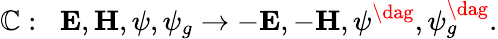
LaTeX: \mathbb{C}:\; \; {\mathbf{E}},{\mathbf{H}},\psi,\psi_{g}\rightarrow-{\mathbf{E}},-{\mathbf{H}},\psi^{\dag},\psi_{g}^{\dag}.